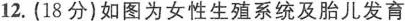
12. (18分)如图为女性生殖系统及胎儿发育